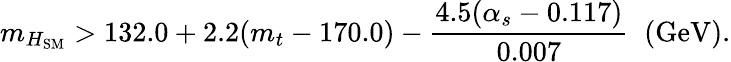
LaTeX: m_{H_{\mathrm{SM}}}>132.0+2.2(m_{t}-170.0)-{\frac{4.5(\alpha_{s}-0.117)}{0.007}}\; \; (\mathrm{GeV}).